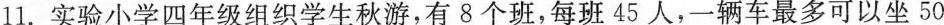
11.实验小学四年级组织学生秋游，有8个班，每班45人，一辆车最多可以坐50